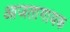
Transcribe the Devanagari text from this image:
आजतागायक